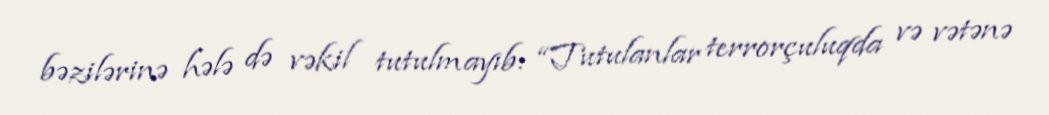
bəzilərinə hələ də vəkil tutulmayıb: “Tutulanlar terrorçuluqda və vətənə